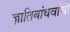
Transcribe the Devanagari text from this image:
ज्ञातिबांधवांची